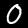
Digit: 0